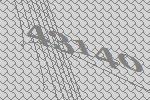
43140